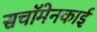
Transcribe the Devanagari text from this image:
सचॉमेनकाई